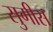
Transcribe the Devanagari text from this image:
सुगीस